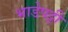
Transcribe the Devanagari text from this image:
भाडेपट्टी